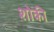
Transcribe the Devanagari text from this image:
शोकी